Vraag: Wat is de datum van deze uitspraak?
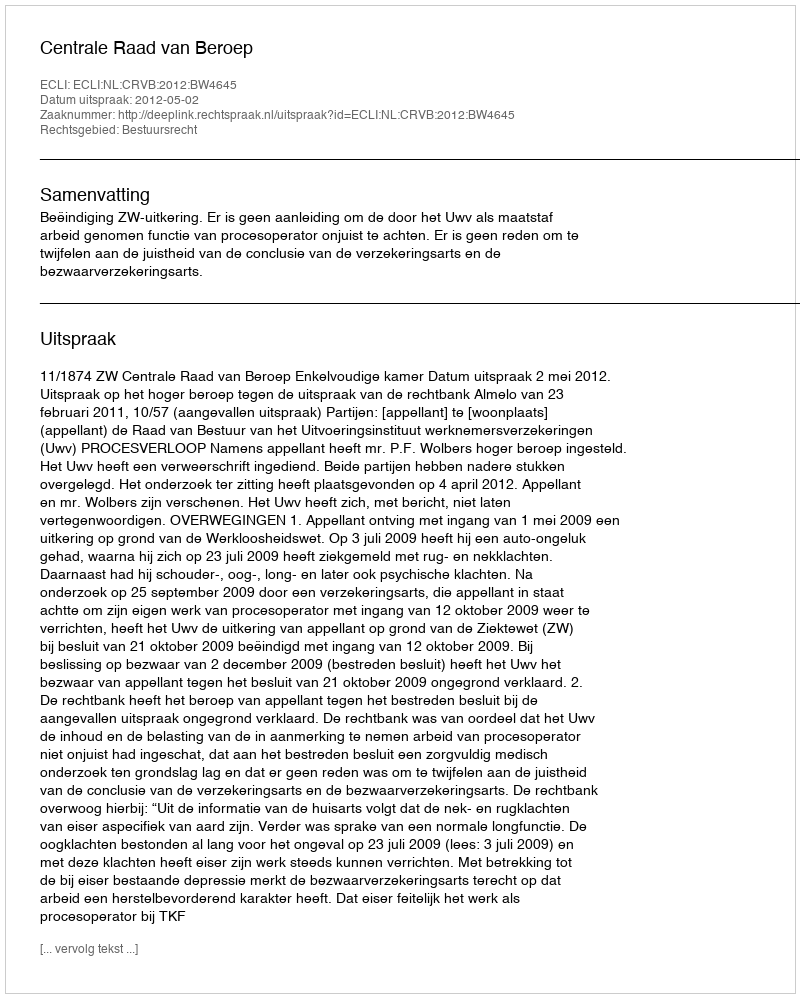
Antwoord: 2012-05-02